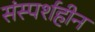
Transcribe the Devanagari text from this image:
संस्पर्शहीन